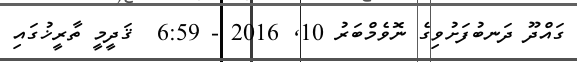
ގައްދޫ ދަނބުފަށުވިގެ ނޮވެމްބަރު 10